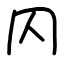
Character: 𠔿